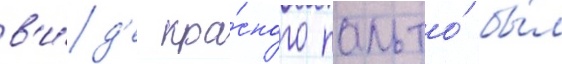
в'и́д'е кра́сного пальто́ бы́л